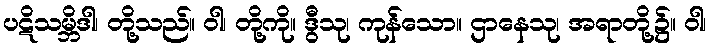
ပဋိသမ္ဘိဒါ၊ တို့သည်။ ဝါ၊ တို့ကို။ ဒွီသု၊ ကုန်သော။ ဌာနေသု၊ အရာတို့၌။ ဝါ၊